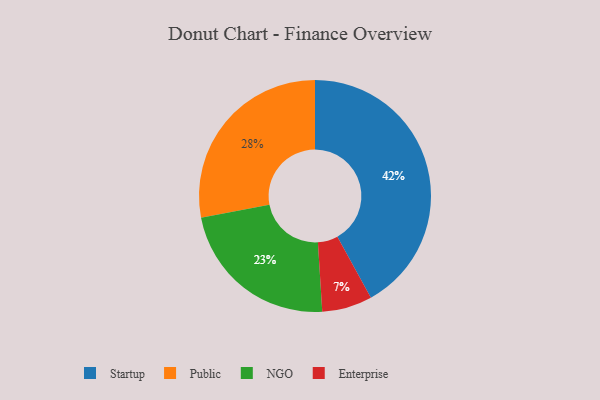
{"axis": {"x": "Category", "y": "Percentage"}, "legend": ["Enterprise", "NGO", "Public", "Startup"], "data": [{"x": "Enterprise", "y": 7, "type": "Enterprise"}, {"x": "NGO", "y": 23, "type": "NGO"}, {"x": "Startup", "y": 42, "type": "Startup"}, {"x": "Public", "y": 28, "type": "Public"}]}